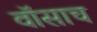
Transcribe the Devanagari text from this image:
वॉसाच